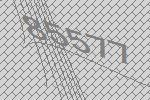
85577